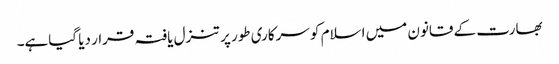
بھارت کے قانون میں اسلام کو سرکاری طور پر تنزل یافتہ قرار دیا گیاہے۔